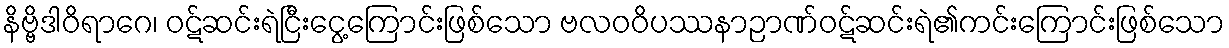
နိဗ္ဗိဒါဝိရာဂေ၊ ဝဋ်ဆင်းရဲငြီးငွေ့ကြောင်းဖြစ်သော ဗလဝဝိပဿနာဉာဏ်ဝဋ်ဆင်းရဲ၏ကင်းကြောင်းဖြစ်သော